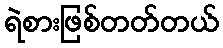
ရဲစားဖြစ်တတ်တယ်